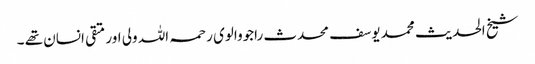
شیخ الحدیث محمد یوسف محدث راجووالوی رحمہ اللہ ولی اور متقی انسان تھے ۔